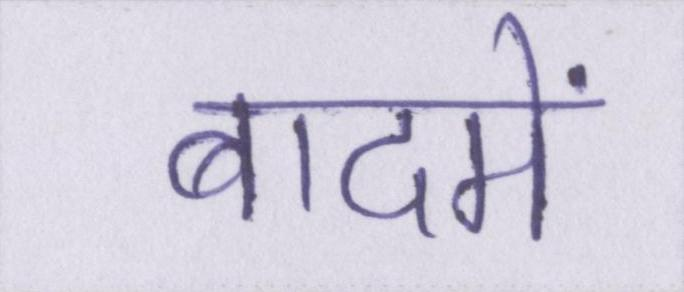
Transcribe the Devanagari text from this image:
बादमें